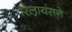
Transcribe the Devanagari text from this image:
रिलायंसने